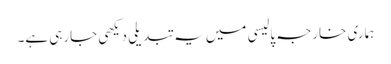
ہماری خارجہ پالیسی میں یہ تبدیلی دیکھی جارہی ہے۔